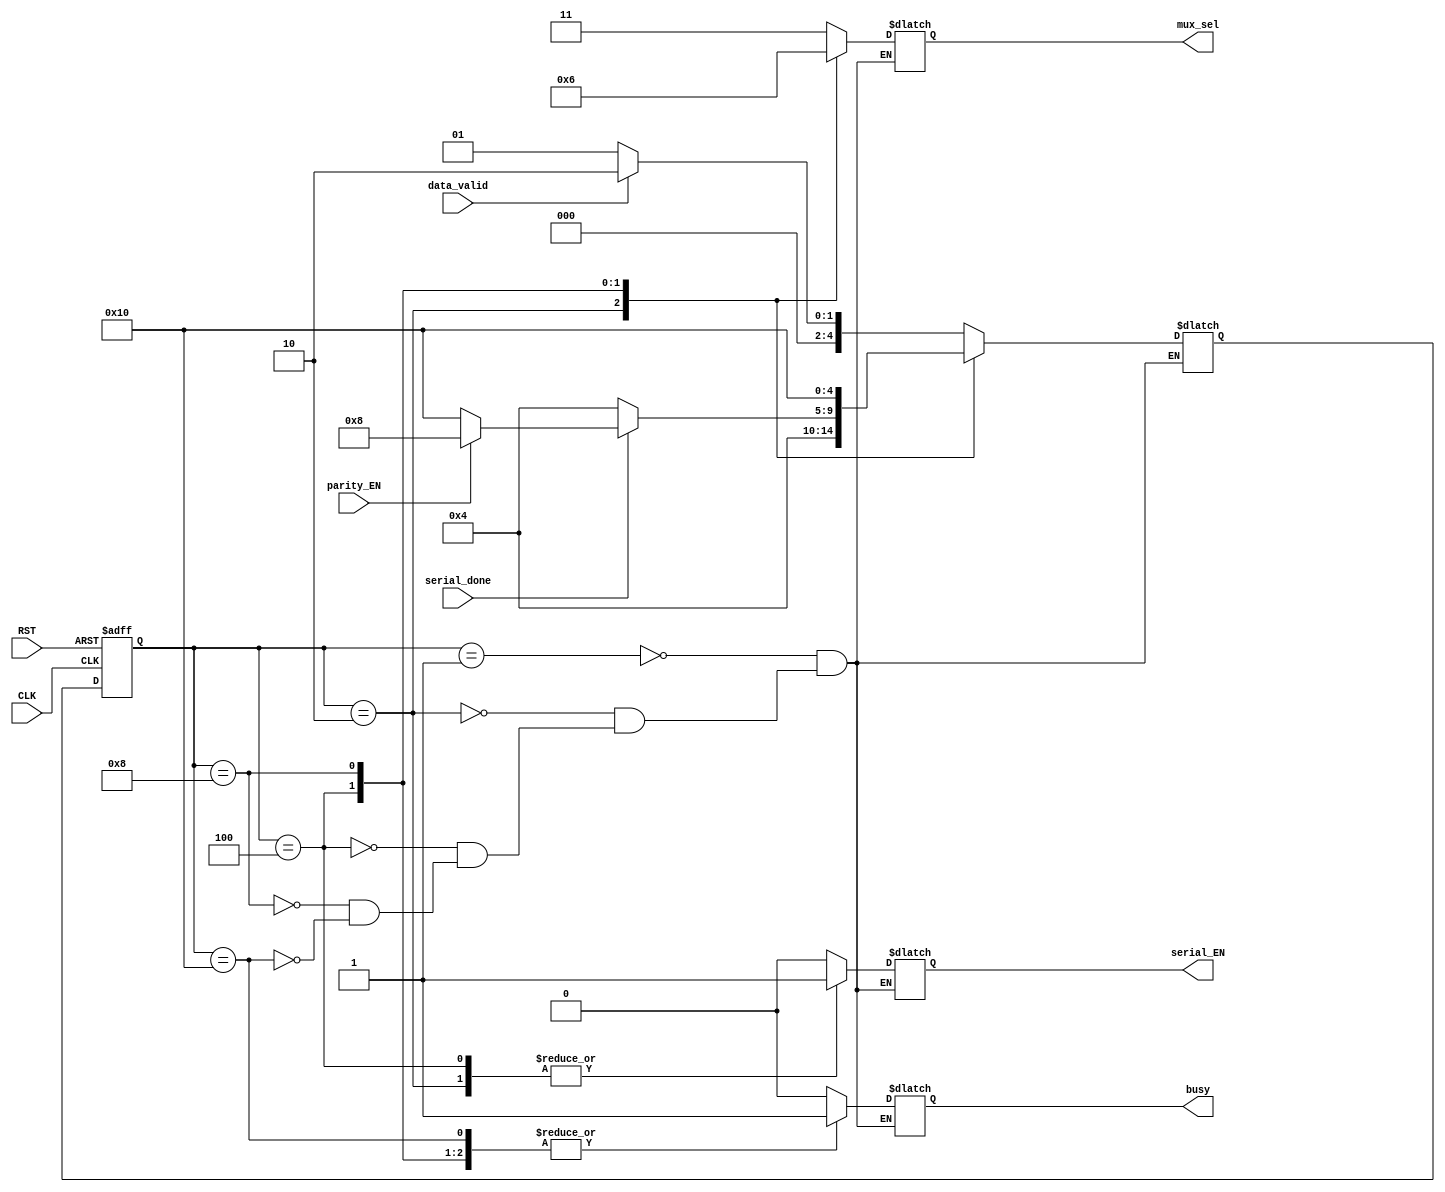
module UART_FSM (
  input            data_valid, parity_EN, serial_done,
  input            CLK, RST,
  output reg       busy, serial_EN,
  output reg [1:0] mux_sel
  );
  
  //encoding
  localparam idle= 5'b00001,
             start= 5'b00010,
             data= 5'b00100,
             parity= 5'b01000,
             stop= 5'b10000;
             
 // Internal signals
 reg [4:0] current_state,next_state;
 
 //state transition
 always @ (posedge CLK or negedge RST)
 begin
 if (!RST)
 current_state <= idle;
 else
 current_state <= next_state;
 end
 
 //next state and output logic
 always @ (*)
 begin
 case (current_state)
     idle :begin
            serial_EN = 1'b0;
            busy = 1'b0;
            mux_sel = 2'b11;
            if (data_valid)           
             next_state = start;
            else
             next_state = idle;
           end
           
      start: begin
              serial_EN = 1'b1;
              busy = 1'b0;
              mux_sel = 2'b00;
              next_state = data;
             end
             
      data: begin
             serial_EN = 1'b1;
             busy = 1'b1;
             mux_sel = 2'b01;
             if (serial_done)
               begin
                 case (parity_EN)
                   1'b1: next_state = parity;
                   1'b0: next_state = stop;
                 endcase
               end
              else
               next_state = data;
             end
            
      parity: begin
               serial_EN = 1'b0;
               busy = 1'b1;
               mux_sel = 2'b10;
               next_state = stop;
              end
              
      stop: begin
             serial_EN = 1'b0;
             busy = 1'b1;
             mux_sel = 2'b11;
             if (data_valid)
               next_state = start;
             else
               next_state = idle;
            end
            
    endcase
  end
endmodule